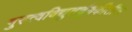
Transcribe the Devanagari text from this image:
गुरुत्वविद्युतचुंबकीतील